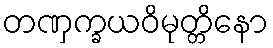
တဏှက္ခယဝိမုတ္တိနော